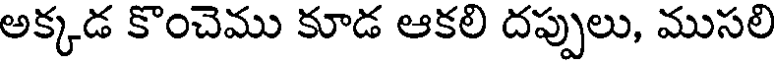
అక్కడ కొంచెము కూడ ఆకలి దప్పులు, ముసలి